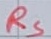
Text: RS